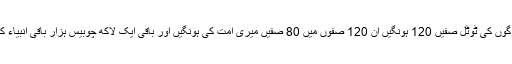
فرمایا کل انبیاء کی امت کے جنتی لوگوں کی ٹوٹل صفیں 120 ہونگیں اُن 120 صفوں میں 80 صفیں میری اُمت کی ہونگیں اور باقی ایک لاکھ چوبیس ہزار باقی انبیاء کی اُمتوں میں 40 صفیں تقسیم ہونگیں۔